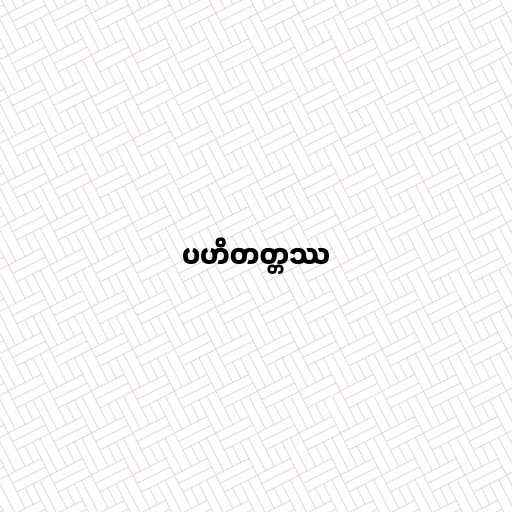
ပဟိတတ္တဿ